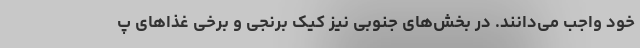
خود واجب می‌دانند. در بخش‌های جنوبی نیز کیک برنجی و برخی غذاهای پ